Indian journal of veterinary science and animal husbandry - Volume 14,
Year: 1944
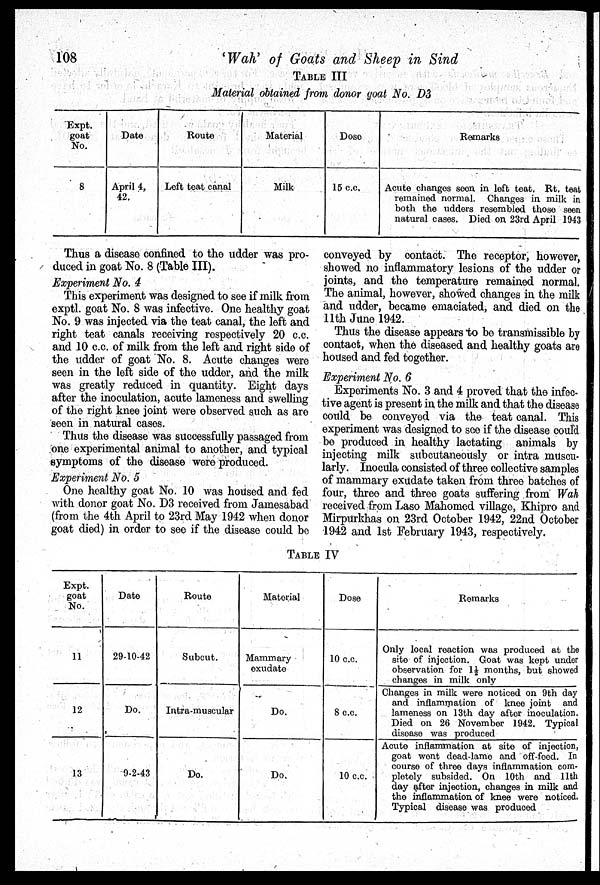
108
'Wah'
of Goats and Sheep in Sind
TABLE III
Material obtained from donor goat No, D3
Expt.
goat
No.
8
Date
April 4,
42.
Route
Left teat canal
Material
Milk
Dose
15 c.c.
Remarks
Acute changes seen in left teat. Rt. teat
remained normal. Changes in milk in
both the udders resembled those seen
natural cases. Died on 23rd April 1943
Thus a disease confined to the udder was pro-
duced in goat No. 8 (Table III).
Experiment No. 4
This experiment was designed to see if milk from
exptl. goat No. 8 was infective. One healthy goat
No. 9 was injected via the teat canal, the left and
right teat canals receiving respectively 20 c.c.
and 10 c.c. of milk from the left and right side of
the udder of goat No. 8. Acute changes were
seen in the left side of the udder, and the milk
was greatly reduced in quantity. Eight days
after the inoculation, acute lameness and swelling
of the right knee joint were observed such as are
seen in natural cases.
Thus the disease was successfully passaged from
one experimental animal to another, and typical
symptoms of the disease were produced.
Experiment No. 5
One healthy goat No. 10 was housed and fed
with donor goat No. D3 received from Jamesabad
(from the 4th April to 23rd May 1942 when donor
goat died) in order to see if the disease could be
conveyed by contact. The receptor, however,
showed no inflammatory lesions of the udder or
joints, and the temperature remained normal.
The animal, however, showed changes in the milk
and udder, became emaciated, and died on the
11th June 1942.
Thus the disease appears to be transmissible by
contact, when the diseased and healthy goats are
housed and fed together.
Experiment No. 6
Experiments No. 3 and 4 proved that the infec-
tive agent is present in the milk and that the disease
could be conveyed via the teat canal. This
experiment was designed to see if the disease could
be produced in healthy lactating animals by
injecting milk subcutaneously or intra muscu-
larly. Inocula consisted of three collective samples
of mammary exudate taken from three batches of
four, three and three goats suffering from Wah
received from Laso Mahomed village, Khipro and
Mirpurkhas on 23rd October 1942, 22nd October
1942 and 1st February 1943, respectively.
TABLE IV
Expt.
goat
No.
11
12
13
Date
29-10-42
Do.
9-2-43
Route
Subcut.
Intra-muscular
Do.
Material
Mammary
exudate
Do.
Do.
Dose
10 c.c.
8 c.c.
10 c.c.
Remarks
Only local reaction was produced at the
site of injection. Goat was kept under
observation for 1½ months, but showed
changes in milk only
Changes in milk were noticed on 9th day
and inflammation of knee joint and
lameness on 13th day after inoculation.
Died on 26 November 1942. Typical
disease was produced
Acute inflammation at site of injection,
goat went dead-lame and off-feed. In
course of three days inflammation com-
pletely subsided. On 10th and 11th
day after injection, changes in milk and
the inflammation of knee were noticed.
Typical disease was produced